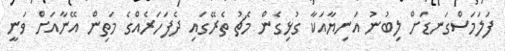
ފަލަމަސްގަނޑަށް ލިބުނު އަނިޔާއަކާ ގުޅިގެން މެޗު ތެރޭގައި ދެފަހަރެއްގެ މަތިން އޭނާއަށް ވަނީ